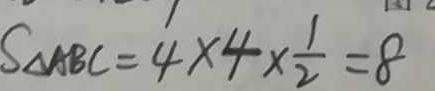
S _ { \Delta A B C } = 4 \times 4 \times \frac { 1 } { 2 } = 8